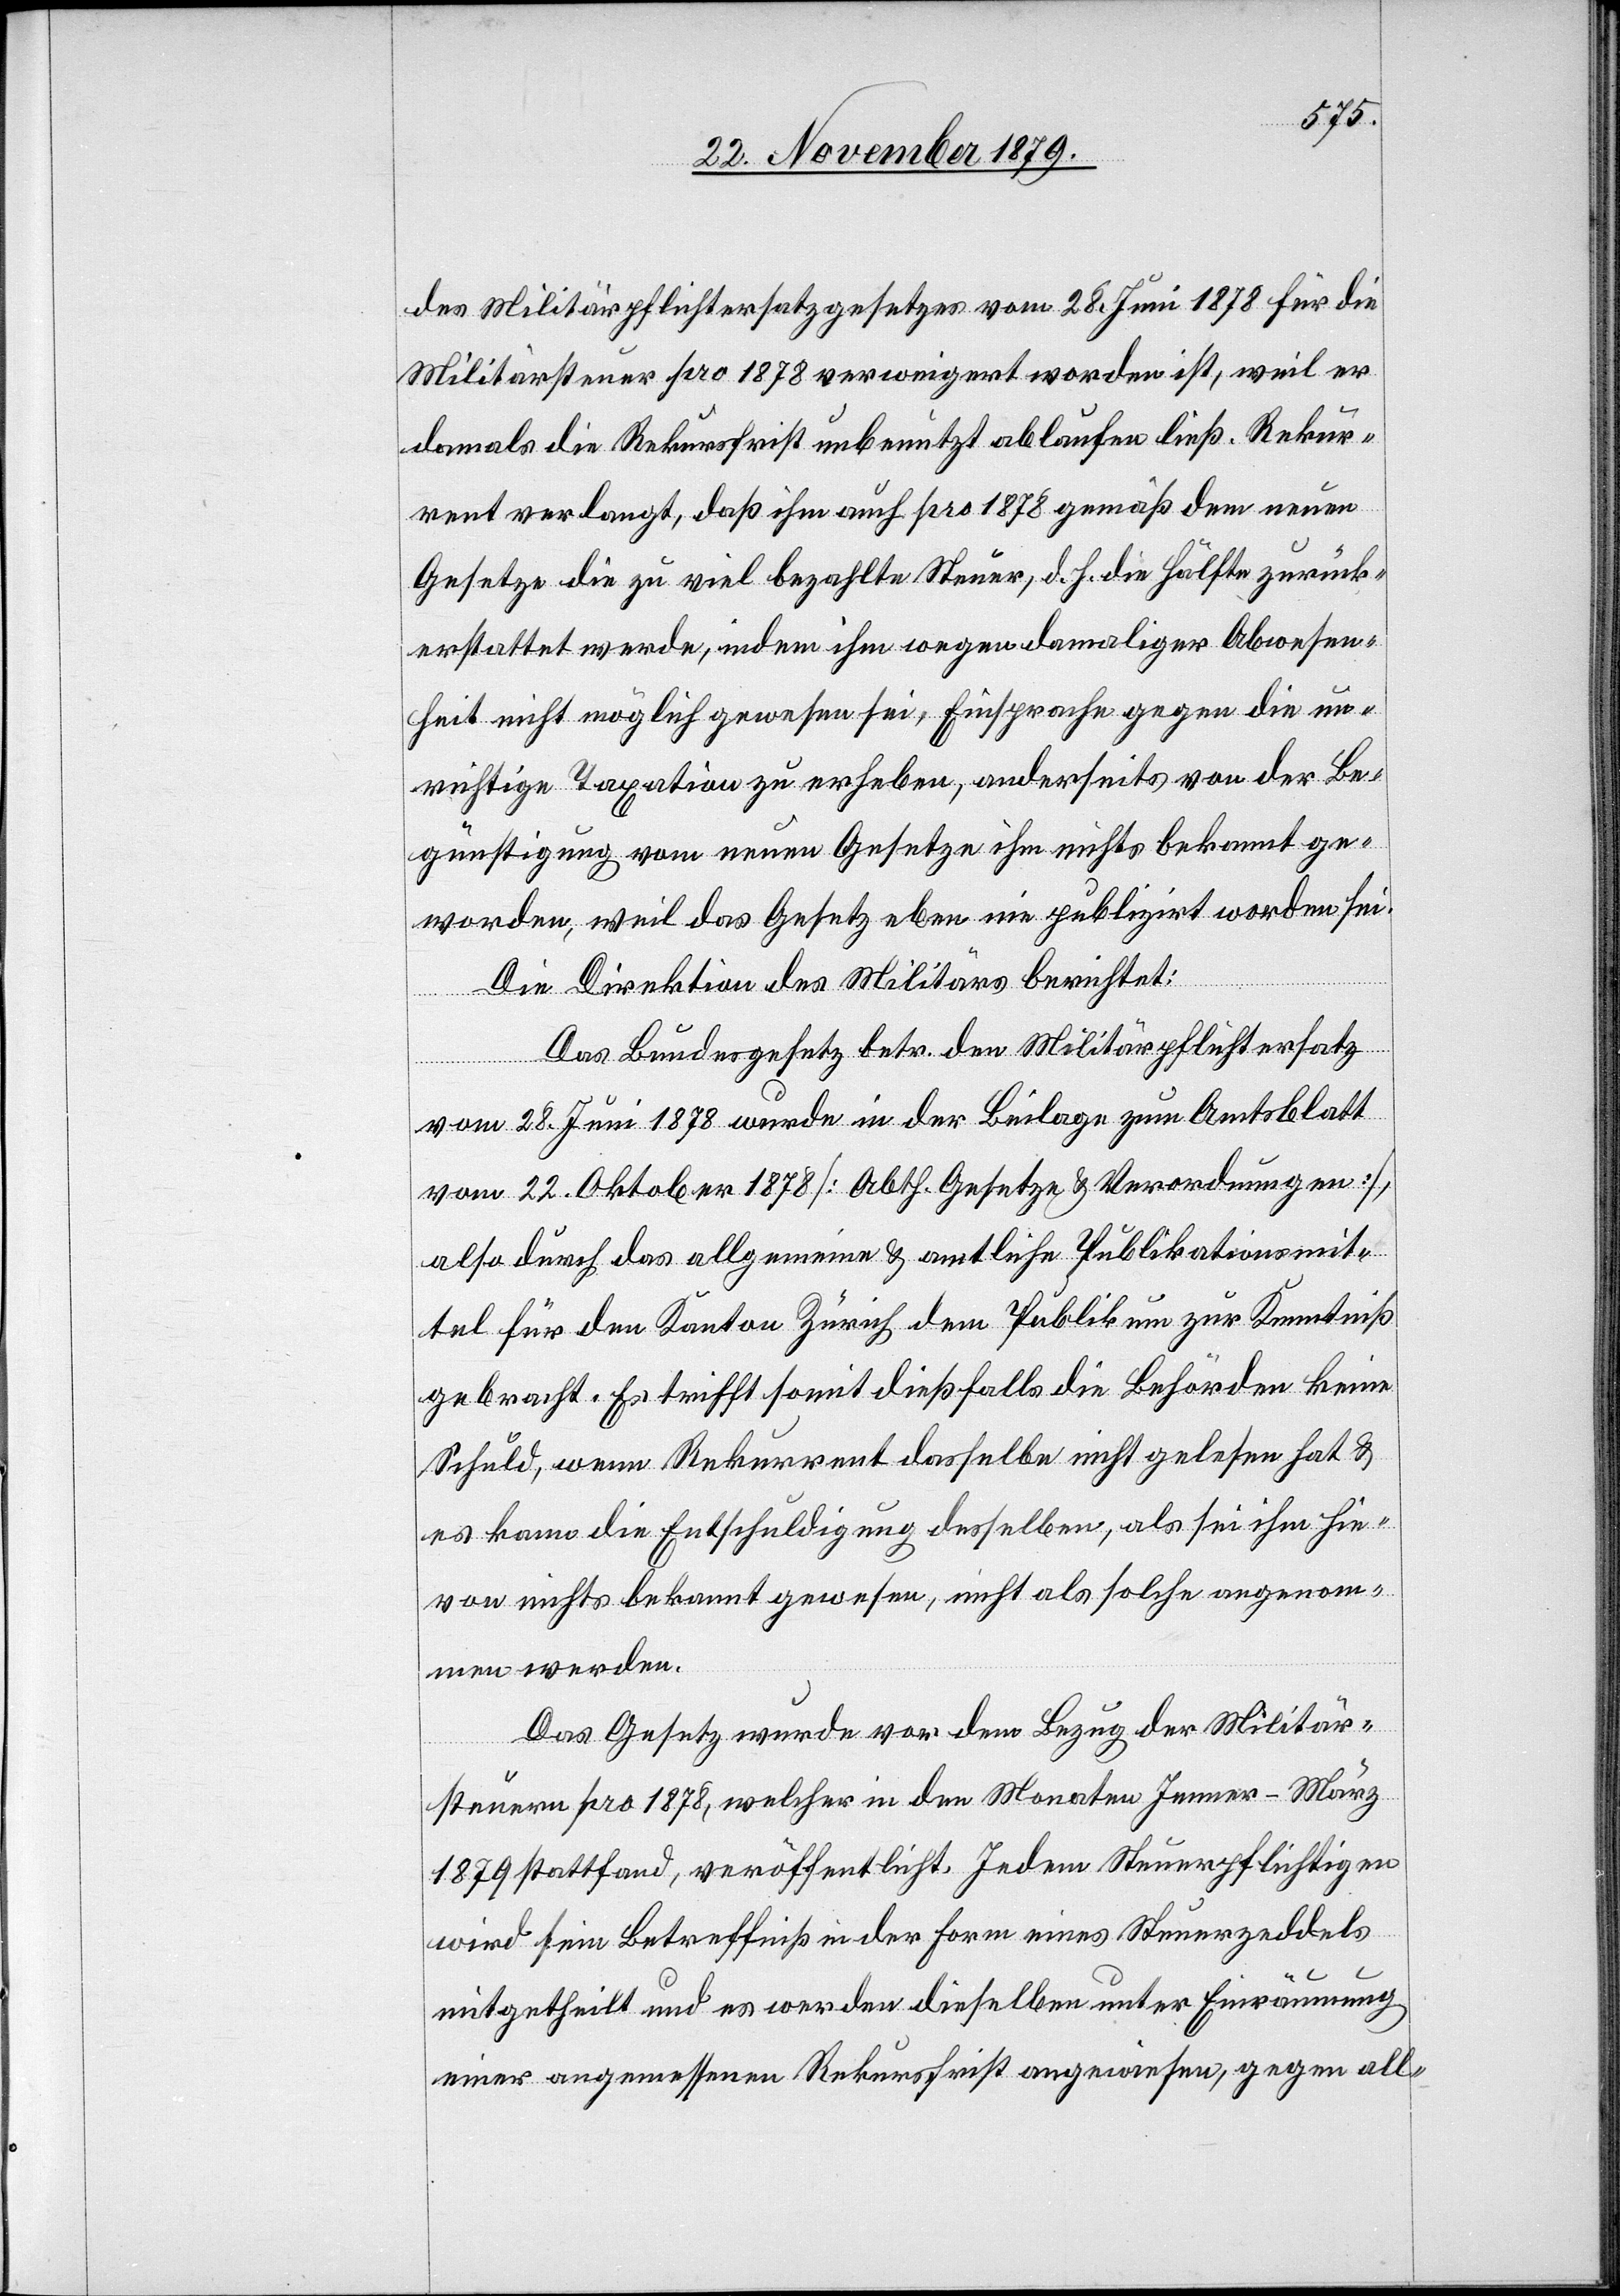
des Militärpflichtersatzgesetzes vom 28. Juni 1878 für die
Militärsteuer pro 1878 verweigert worden ist, weil er
damals die Rekursschrift unbenutzt ablaufen ließ. Rekur¬
rent verlangt, daß ihm auch pro 1878 gemäß dem neuen
Gesetze die zu viel bezahlte Steuer, d. h. die Hälfte zurück¬
erstattet werde, indem ihm wegen damaliger Abwesen¬
heit nicht möglich gewesen sei, Einsprache gegen die un¬
richtige Taxation zu erheben, anderseits von der Be¬
günstigung vom neuen Gesetze ihm nichts bekannt ge¬
worden, weil das Gesetz eben nie publizirt worden sei.
Die Direktion des Militärs berichtet:
Das Bundesgesetz betr. den Militärpflichtersatz
vom 28. Juni 1878 wurde in der Beilage zum Amtsblatt
vom 22. Oktober 1878 [Abth. Gesetze & Verordnungen],
also durch das allgemeine & amtliche Publikationsmit¬
tel für den Kanton Zürich dem Publikum zur Kenntniß
gebracht. Es trifft somit dießfalls die Behörden keine
Schuld, wenn Rekurrent dasselbe nicht gelesen hat &
es kann die Entschuldigung desselben, als sei ihm hie¬
von nichts bekannt gewesen, nicht als solche angenom¬
men werden.
Das Gesetz wurde vor dem Bezug der Militär¬
steuern pro 1878, welcher in den Monaten Jenner–März
1879 stattfand, veröffentlicht. Jedem Steuerpflichtigen
wird sein Betreffniß in der Form eines Steuerzeddels
mitgetheilt und es werden dieselben unter Einräumung
einer angemessenen Rekursschrift angewiesen, gegen all-